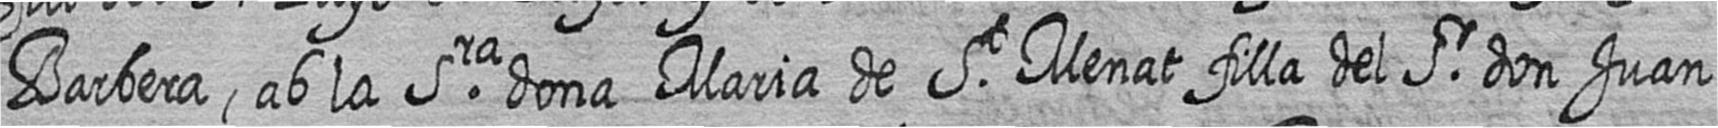
Barbera ab la Sra dona Maria de St Menat filla del Sr don Juan